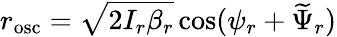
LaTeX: r_{\mathrm{osc}}=\sqrt{2I_{r}\beta_{r}}\cos(\psi_{r}+\widetilde{\Psi}_{r})